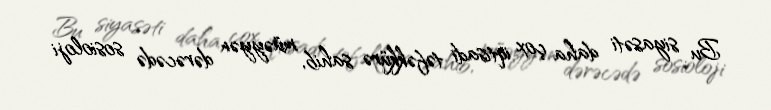
Bu siyasəti daha çox iqtisadi təfəkkürə sahib, müəyyən dərəcədə sosioloji